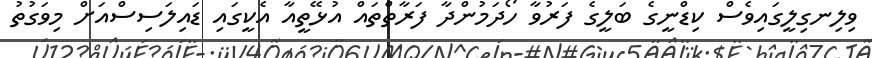
ވިލިނގިލީގައިވެސް ކިޑްނީގެ ބަލީގެ ފަރުވާ ހޯދަމުންދާ ފަރާތްތައް އުޅޭތީއާ އެކީގައި ޑައިލަސިސްއަށް މިވަގުތު